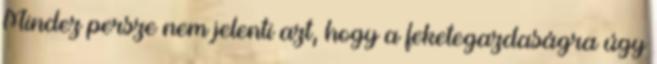
Mindez persze nem jelenti azt, hogy a feketegazdaságra úgy